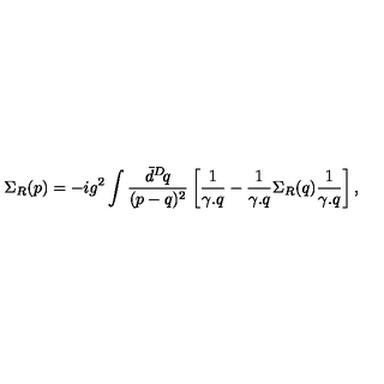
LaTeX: \Sigma _ { R } ( p ) = - i g ^ { 2 } \int \frac { \bar { d } ^ { D } \! q } { ( p - q ) ^ { 2 } } \left[ \frac { 1 } { \gamma . q } - \frac { 1 } { \gamma . q } \Sigma _ { R } ( q ) \frac { 1 } { \gamma . q } \right] ,